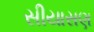
સીયાસણ